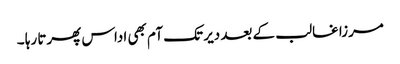
مرزا غالب کے بعد دیر تک آم بھی اداس پھرتا رہا ۔